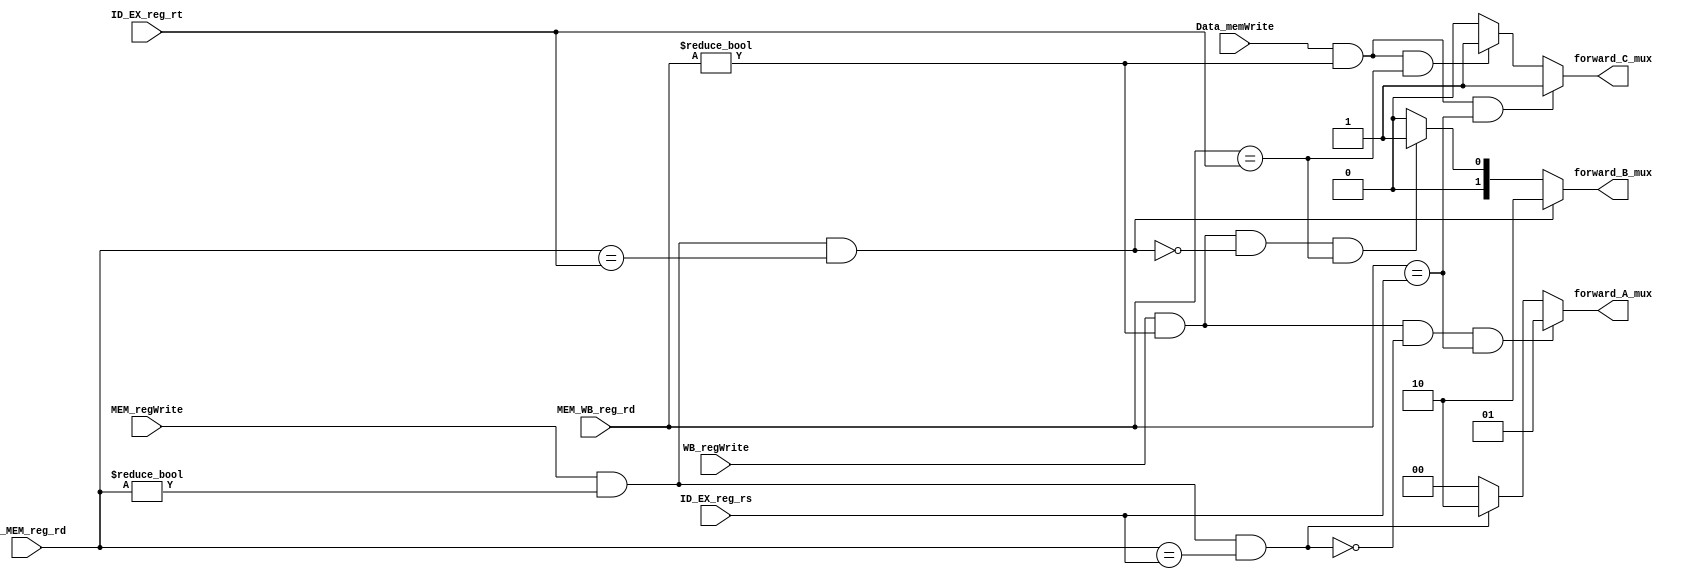
//Forwarding unit

module forwarding_unit(
	output reg [1:0] forward_A_mux, forward_B_mux, 
	output reg forward_C_mux, // one bit 2-1 mux for dataWrite input of Data memory.
	input [4:0] ID_EX_reg_rs, ID_EX_reg_rt, // src reg from execute stage
	input [4:0] EX_MEM_reg_rd, MEM_WB_reg_rd, //dest reg from memory stage register
	input MEM_regWrite, WB_regWrite, Data_memWrite); //control bit from memory and writeback stage

always @(*)
	begin
			
	// EX hazard :: 
		if((WB_regWrite == 1)&&(MEM_WB_reg_rd != 0) 
		&& ~(MEM_regWrite == 1 && (EX_MEM_reg_rd != 0) && (EX_MEM_reg_rd == ID_EX_reg_rs)) 
		&& (MEM_WB_reg_rd == ID_EX_reg_rs))
				forward_A_mux <= 2'b01;
			
		// MEM Hazard ::
		else if((MEM_regWrite == 1)&&(EX_MEM_reg_rd != 0)
			&&(EX_MEM_reg_rd == ID_EX_reg_rs))
				forward_A_mux <= 2'b10;


		else	
			forward_A_mux <= 2'b00;

			
		// EX hazard ::
		if((MEM_regWrite == 1)&&(EX_MEM_reg_rd != 0)
			&&(EX_MEM_reg_rd == ID_EX_reg_rt))
				forward_B_mux <= 2'b10;
				
		// MEM Hazard ::
		else if((WB_regWrite == 1)&&(MEM_WB_reg_rd != 0)
			&& ~(MEM_regWrite == 1 && (EX_MEM_reg_rd != 0)
			&& (EX_MEM_reg_rd == ID_EX_reg_rt))	&& (MEM_WB_reg_rd == ID_EX_reg_rt))	
				forward_B_mux <= 2'b01;

		else
			forward_B_mux <= 2'b00;	

			
			
	// for hazard in case of load immidiately followed by store
	/* this need additional mux at the dataWrite input of Data Memory to select
	   data directly when no hazard(forward_C_mux = 0) 
	   or with hazard (forward_C_mux = 1).
	*/
		if((Data_memWrite == 1)&&(MEM_WB_reg_rd != 0)
			&&(MEM_WB_reg_rd == ID_EX_reg_rs))
				forward_C_mux <= 1'b1;
		else if((Data_memWrite == 1)&&(MEM_WB_reg_rd != 0)
			&&(MEM_WB_reg_rd == ID_EX_reg_rt))
				forward_C_mux <= 1'b1;
		else
			forward_C_mux <= 1'b0;				
				
				
				
end				
endmodule